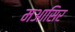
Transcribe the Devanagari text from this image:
मआसिर